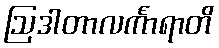
ဩဒါတာလင်္ကာရာတိ